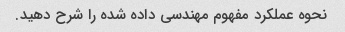
نحوه عملکرد مفهوم مهندسی داده شده را شرح دهید.